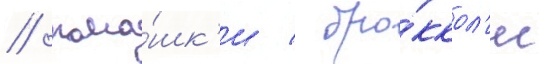
/ рома́шк'и / бро́ккол'и